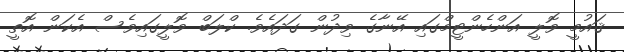
ޤައުމީ ވޮލީ އަންހެންޓީމްގައި އޭނާގެ ވިދުން ގަދައެވެ. ކްލަބް ވޮލީގައިވެސް އެކަން އޮތީ